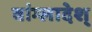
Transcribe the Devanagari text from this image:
बांग्लादेश्